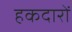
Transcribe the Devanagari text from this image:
हकदारों